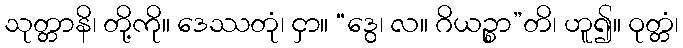
သုတ္တာနိ၊ တို့ကို။ ဒေဿတုံ၊ ငှာ။ “ဒွေ၊ လ။ ဂိယဉ္စာ”တိ၊ ဟူ၍။ ဝုတ္တံ၊